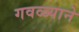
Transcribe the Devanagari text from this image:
गवळ्याने